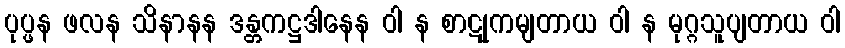
ပုပ္ဖန ဖလန သိနာနန ဒန္တကဋ္ဌဒါနေန ဝါ န စာဋုကမျတာယ ဝါ န မုဂ္ဂသူပျတာယ ဝါ